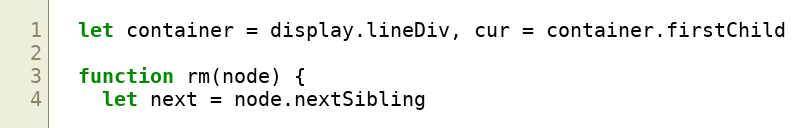
Language: JavaScript
  let container = display.lineDiv, cur = container.firstChild

  function rm(node) {
    let next = node.nextSibling